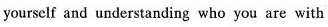
yourself and understanding who you are with